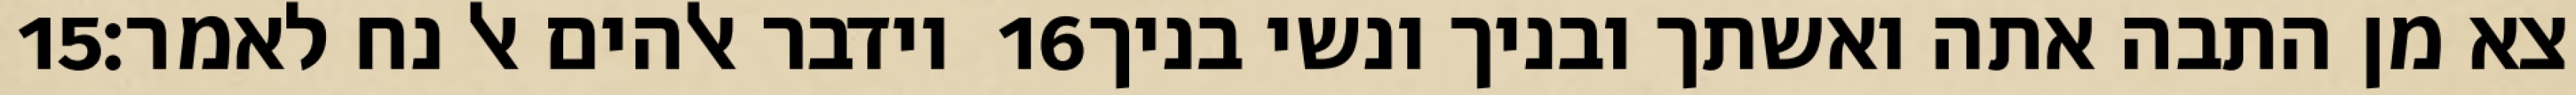
‎15‏ וידבר אלהים אל נח לאמר׃ ‎16‏ צא מן התבה אתה ואשתך ובניך ונשי בניך